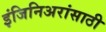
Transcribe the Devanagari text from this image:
इंजिनिअरांसाठी